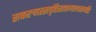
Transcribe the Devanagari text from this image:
सकरुणरसवृष्टिस्तत्त्वमालासमष्टिः